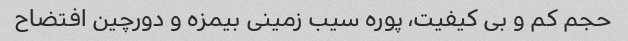
حجم کم و بی کیفیت، پوره سیب زمینی بیمزه و دورچین افتضاح